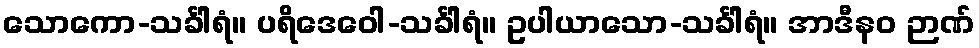
သောကော-သင်္ခါရံ။ ပရိဒေဝေါ-သင်္ခါရံ။ ဥပါယာသော-သင်္ခါရံ။ အာဒီနဝ ဉာဏ်